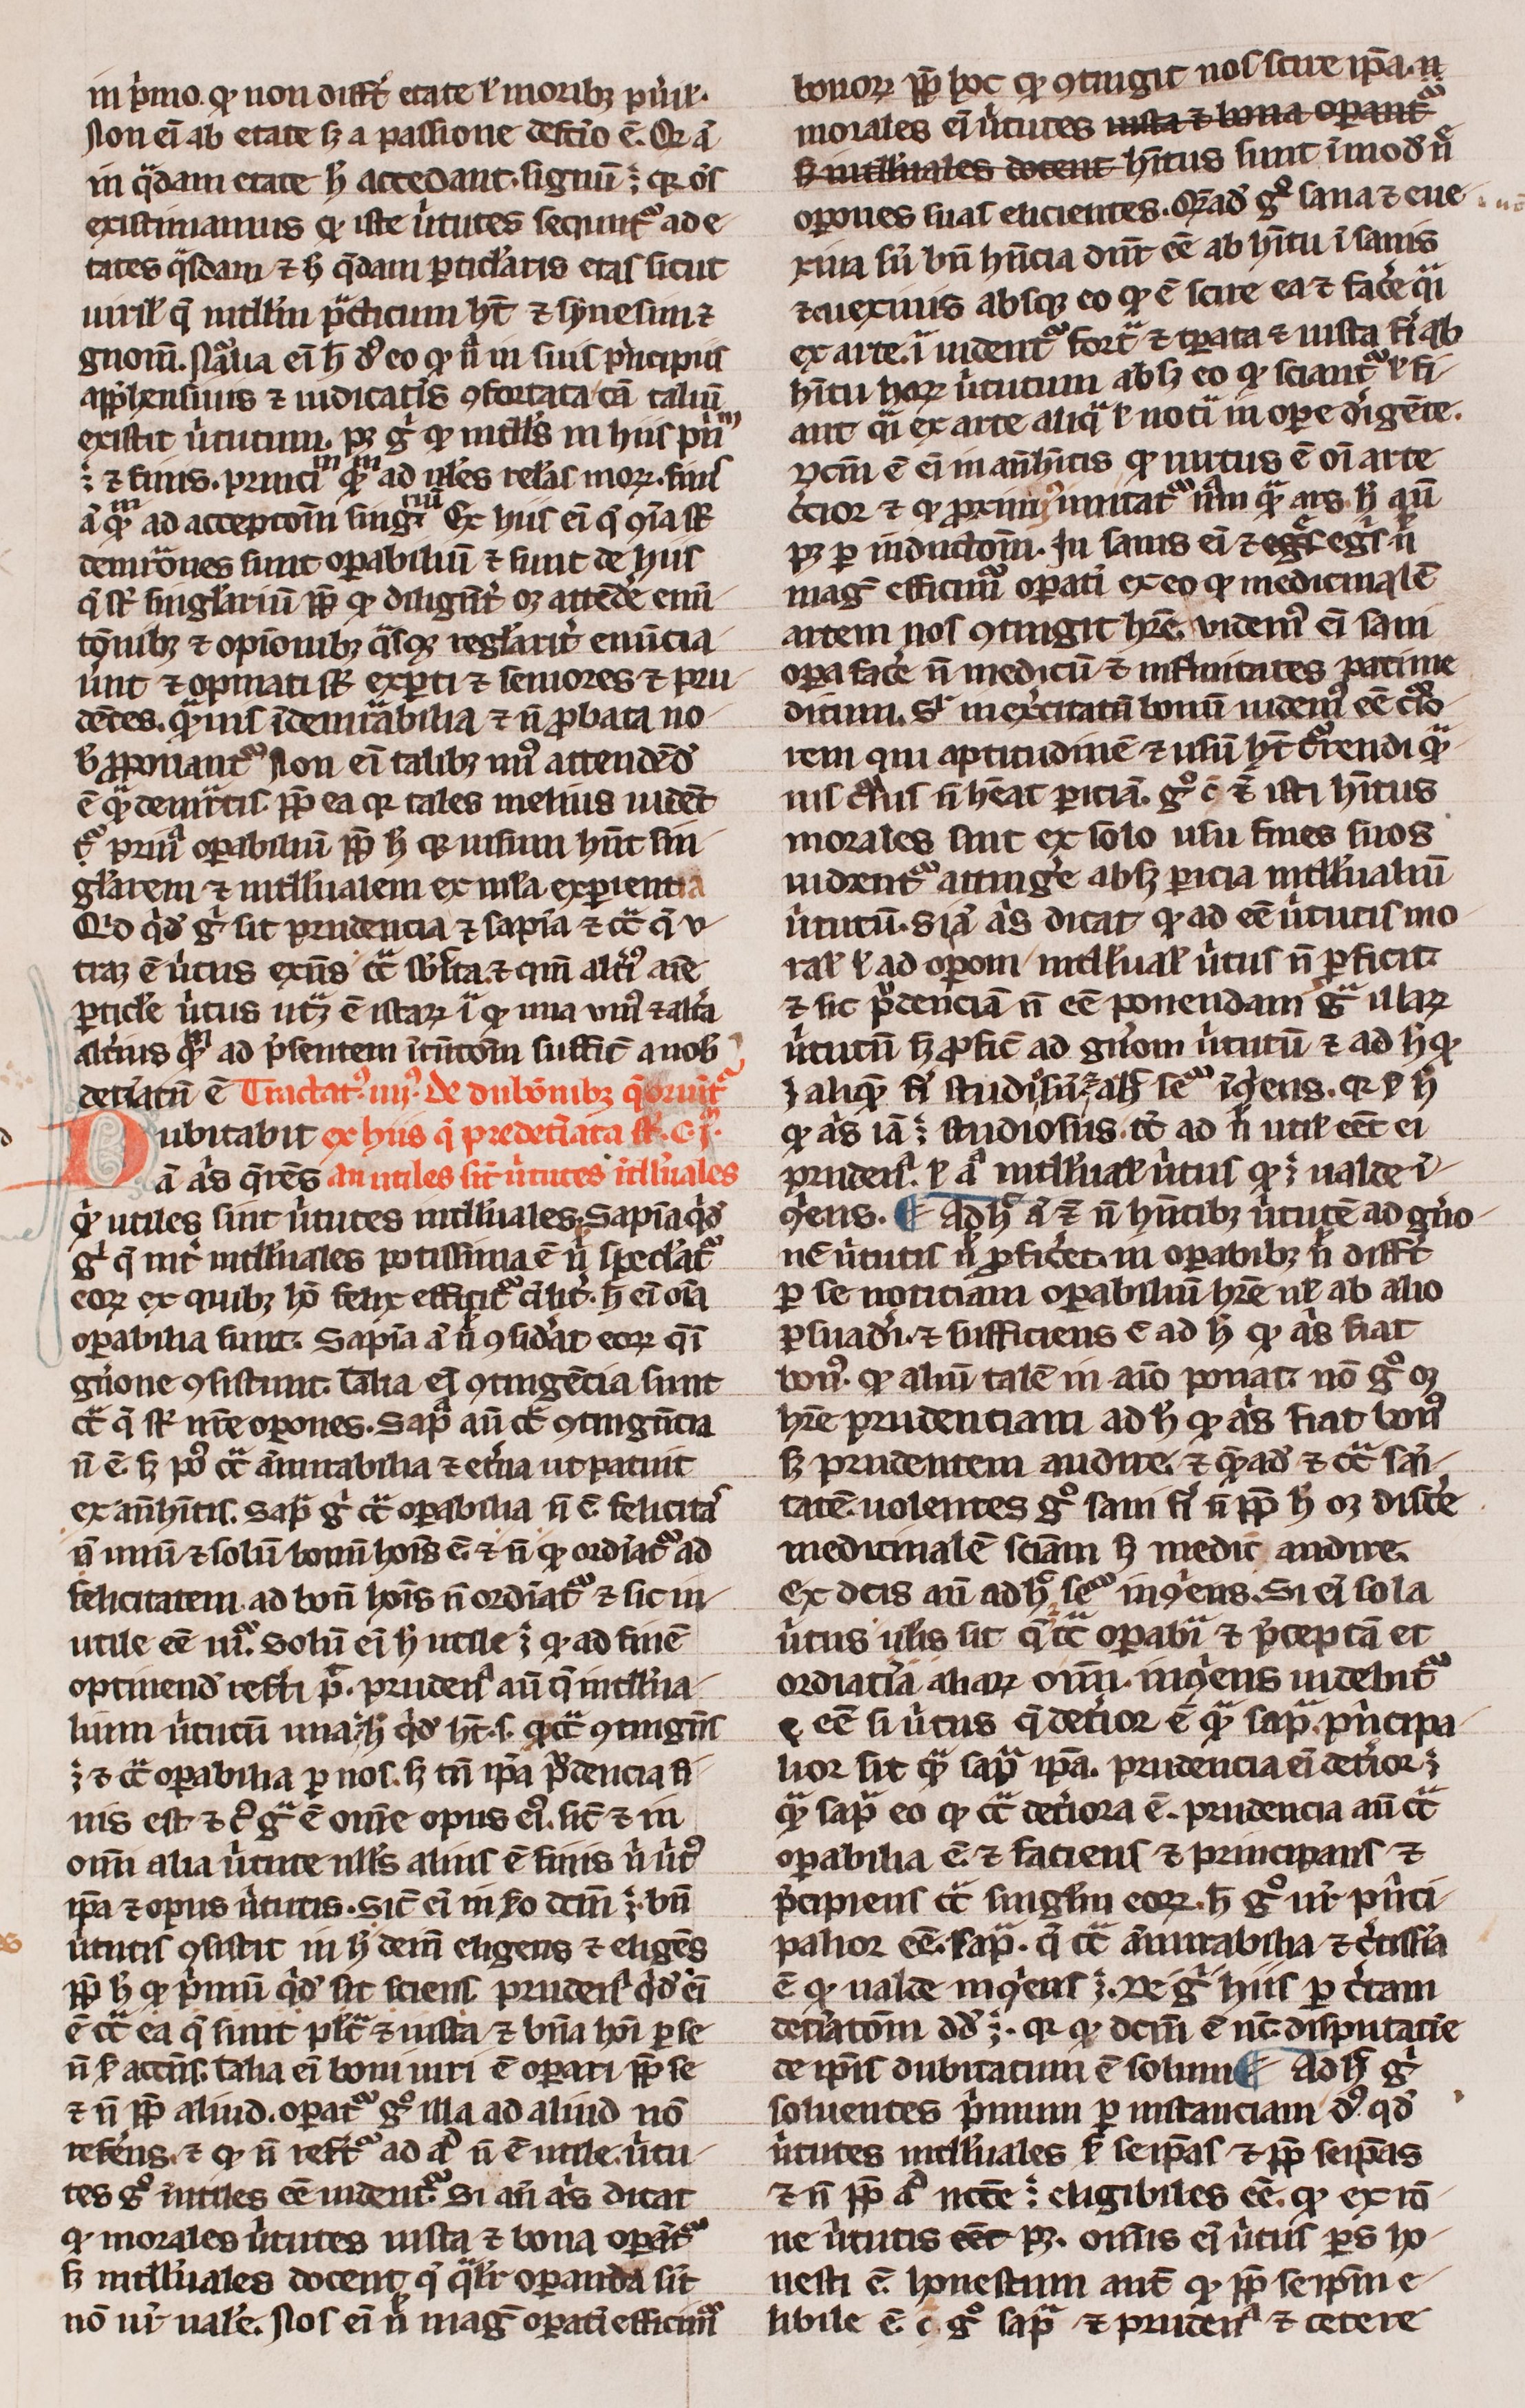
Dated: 1300–1399